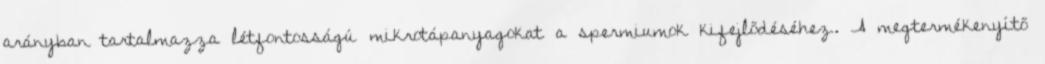
arányban tartalmazza létfontosságú mikrotápanyagokat a spermiumok kifejlődéséhez. A megtermékenyítő